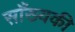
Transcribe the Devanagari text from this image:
साँख्यकी